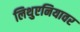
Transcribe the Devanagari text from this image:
लिथुएनियावर